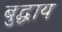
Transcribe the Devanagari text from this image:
बुद्धाय